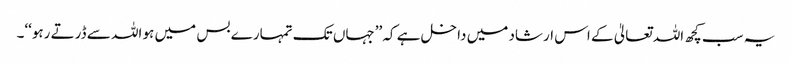
یہ سب کچھ اللہ تعالیٰ کے اس ارشاد میں داخل ہے کہ ’’جہاں تک تمہارے بس میں ہو اللہ سے ڈرتے رہو‘‘۔